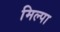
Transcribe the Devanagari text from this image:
मिल्पा